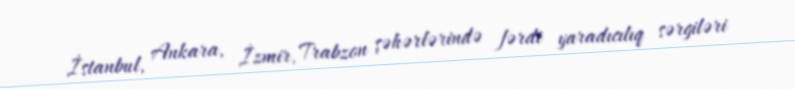
İstanbul, Ankara, İzmir, Trabzon şəhərlərində fərdi yaradıcılıq sərgiləri